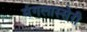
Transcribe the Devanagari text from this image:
मंगलास्सेरी